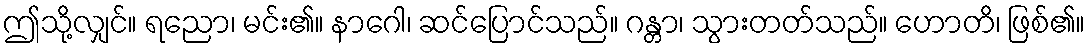
ဤသို့လျှင်။ ရညော၊ မင်း၏။ နာဂေါ၊ ဆင်ပြောင်သည်။ ဂန္တာ၊ သွားတတ်သည်။ ဟောတိ၊ ဖြစ်၏။